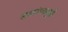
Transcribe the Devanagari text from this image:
समारंभामुळे